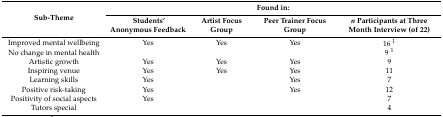
<table><thead><tr><td rowspan="2"><b>Sub-Theme</b></td><td colspan="4"><b>Found in:</b></td></tr><tr><td><b>Students’ Anonymous Feedback</b></td><td><b>Artist Focus Group</b></td><td><b>Peer Trainer Focus Group</b></td><td><b><i>n</i> Participants at Three Month Interview (of 22)</b></td></tr></thead><tbody><tr><td>Improved mental wellbeing</td><td>Yes</td><td>Yes</td><td>Yes</td><td>16 <sup>1</sup></td></tr><tr><td>No change in mental health</td><td></td><td></td><td></td><td>9 <sup>1</sup></td></tr><tr><td>Artistic growth</td><td>Yes</td><td>Yes</td><td>Yes</td><td>9</td></tr><tr><td>Inspiring venue</td><td>Yes</td><td>Yes</td><td>Yes</td><td>11</td></tr><tr><td>Learning skills</td><td>Yes</td><td></td><td>Yes</td><td>7</td></tr><tr><td>Positive risk-taking</td><td>Yes</td><td></td><td>Yes</td><td>12</td></tr><tr><td>Positivity of social aspects</td><td>Yes</td><td></td><td></td><td>7</td></tr><tr><td>Tutors special</td><td></td><td></td><td></td><td>4</td></tr></tbody></table>